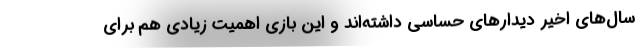
سال‌های اخیر دیدارهای حساسی داشته‌اند و این بازی اهمیت زیادی هم برای